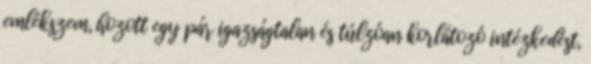
emlékszem, hozott egy pár igazságtalan és túlzóan korlátozó intézkedést,